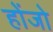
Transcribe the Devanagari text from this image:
होंजो